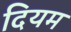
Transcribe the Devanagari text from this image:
दियम